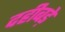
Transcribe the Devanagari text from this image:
दहीबड़े